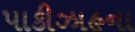
પાકીઝાહના